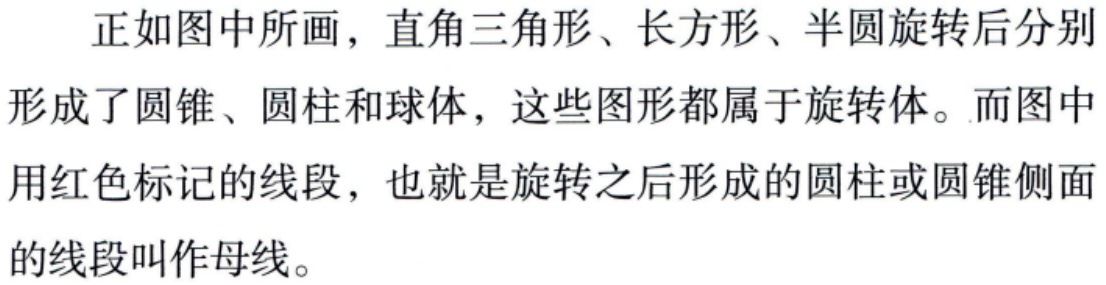
正如图中所画，直角三角形、长方形、半圆旋转后分别形成了圆锥、圆柱和球体，这些图形都属于旋转体。而图中用红色标记的线段，也就是旋转之后形成的圆柱或圆锥侧面的线段叫作母线。